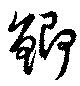
鯫